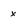
Character: x